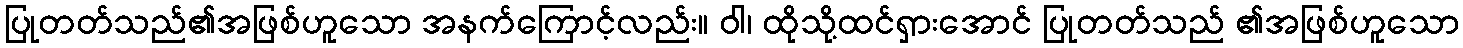
ပြုတတ်သည်၏အဖြစ်ဟူသော အနက်ကြောင့်လည်း။ ဝါ၊ ထိုသို့ထင်ရှားအောင် ပြုတတ်သည် ၏အဖြစ်ဟူသော